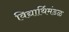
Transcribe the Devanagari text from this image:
विद्यार्थिमंडळ